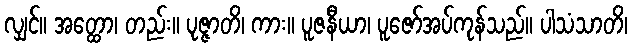
လျှင်။ အတ္ထော၊ တည်း။ ပုဇ္ဇာတိ၊ ကား။ ပူဇနီယာ၊ ပူဇော်အပ်ကုန်သည်။ ပါသံသာတိ၊